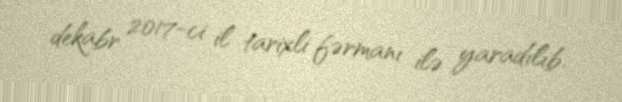
dekabr 2017-ci il tarixli fərmanı ilə yaradılıb.